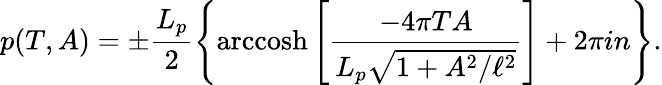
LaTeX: p(T,A)=\pm\frac{L_{p}}{2}\left\{ \mathrm{arccosh}\left[\frac{-4\pi TA}{L_{p}\sqrt{1+A^{2}/\ell^{2}}}\right]+2\pi in\right\} .